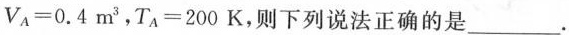
$$V_{A}=0.4m^{3}$$，$$T_{A}=200K$$，则下列说法正确的是___。